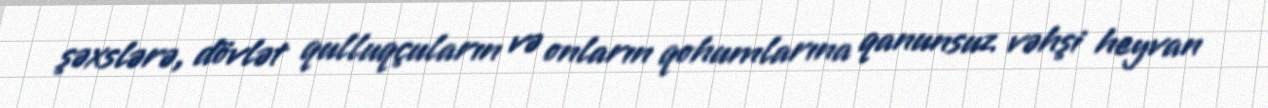
şəxslərə, dövlət qulluqçuların və onların qohumlarına qanunsuz vəhşi heyvan